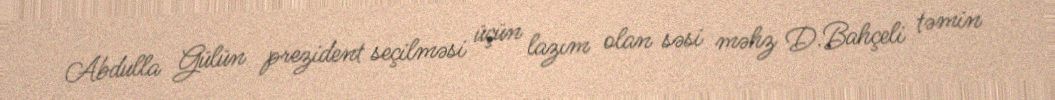
Abdulla Gülün prezident seçilməsi üçün lazım olan səsi məhz D.Bahçeli təmin